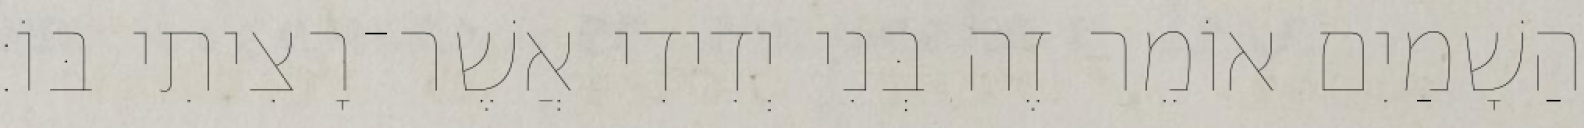
הַשָׁמַיִם אוֹמֵר זֶה בְּנִי יְדִידִי אֲשֶׁר־רָצִיתִי בּוֹ׃